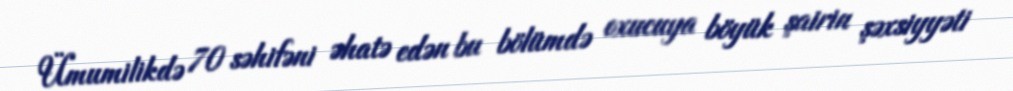
Ümumilikdə 70 səhifəni əhatə edən bu bölümdə oxucuya böyük şairin şəxsiyyəti